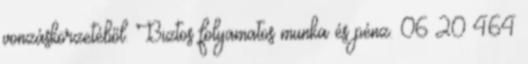
vonzáskörzetéből. Biztos folyamatos munka és pénz. 06 20 464